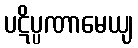
ပဋိပ္ပဏာမေယျ